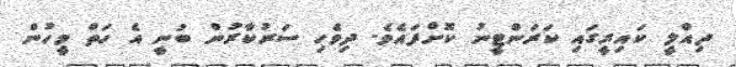
ދިއްލީ ކައިރީގައި ކަރަންޓީނު ކޮށްފައެވެ. ދިވެހި ސަރުކާރުން ބުނީ އެ ހަތް މީހުން